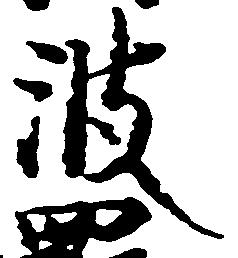
波